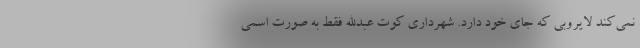
نمی‌کند لایروبی که جای خود دارد. شهرداری کوت عبدالله فقط به صورت اسمی